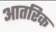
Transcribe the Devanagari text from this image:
आतरिक